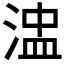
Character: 𰜒